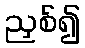
ညှစ်၍